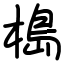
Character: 槝